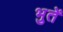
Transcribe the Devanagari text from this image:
भुतें